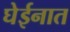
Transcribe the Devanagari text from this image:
घेईनात